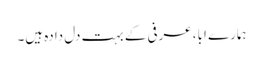
ہمارے ابا، عرفی کے بہت دل دادہ ہیں۔